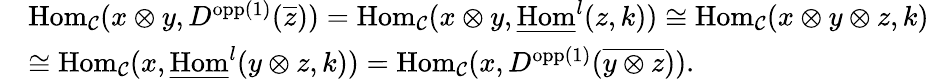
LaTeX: \begin{array}{rl}&{\textnormal{Hom}_{\mathcal{C}}(x\otimes y,D^{\textnormal{opp}(1)}(\overline{{z}}))=\textnormal{Hom}_{\mathcal{C}}(x\otimes y,\underline{{\textnormal{Hom}}}^{l}(z,k))\cong\textnormal{Hom}_{\mathcal{C}}(x\otimes y\otimes z,k)}\\ &{\cong\textnormal{Hom}_{\mathcal{C}}(x,\underline{{\textnormal{Hom}}}^{l}(y\otimes z,k))=\textnormal{Hom}_{\mathcal{C}}(x,D^{\textnormal{opp}(1)}(\overline{{y\otimes z}})).}\end{array}